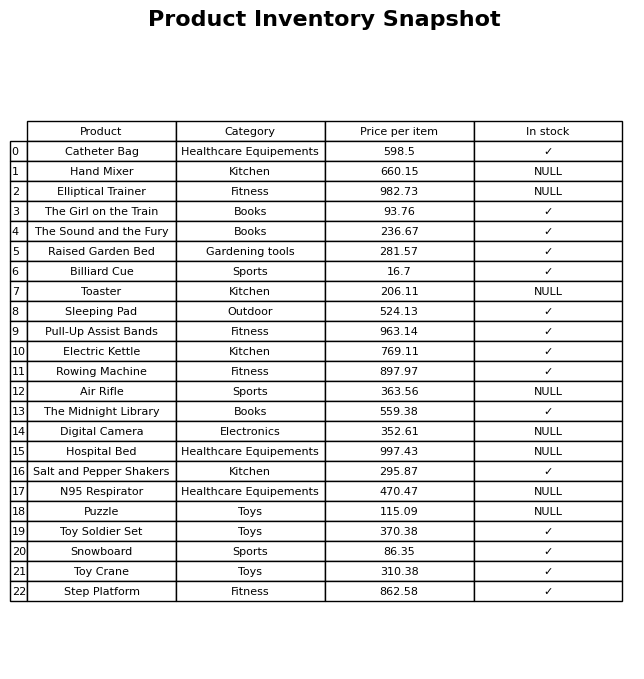
question: What is the price for Elliptical Trainer?
answer: The price of Elliptical Trainer is 982.73.